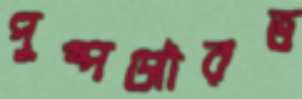
পুষ্পসৌরভ